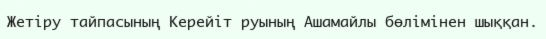
Жетіру тайпасының Керейіт руының Ашамайлы бөлімінен шыққан.